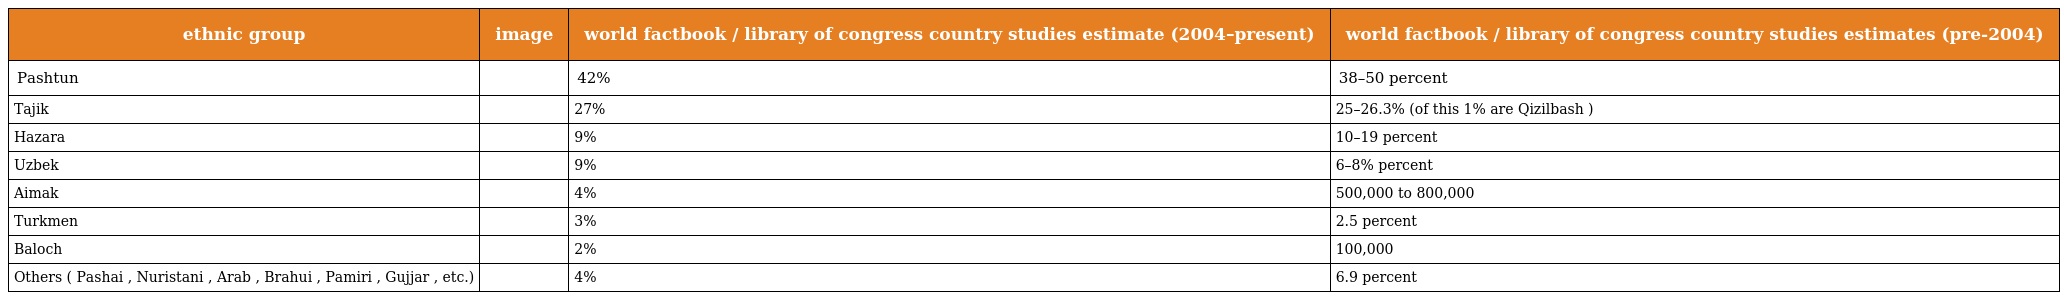
| ethnic group | image | world factbook / library of congress country studies estimate (2004–present) | world factbook / library of congress country studies estimates (pre-2004) |
 | --- | --- | --- | --- |
 | Pashtun |  | 42% | 38–50 percent |
 | Tajik |  | 27% | 25–26.3% (of this 1% are Qizilbash ) |
 | Hazara |  | 9% | 10–19 percent |
 | Uzbek |  | 9% | 6–8% percent |
 | Aimak |  | 4% | 500,000 to 800,000 |
 | Turkmen |  | 3% | 2.5 percent |
 | Baloch |  | 2% | 100,000 |
 | Others ( Pashai , Nuristani , Arab , Brahui , Pamiri , Gujjar , etc.) |  | 4% | 6.9 percent |